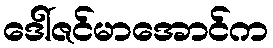
ဒေါ်ဇင်မာအောင်က